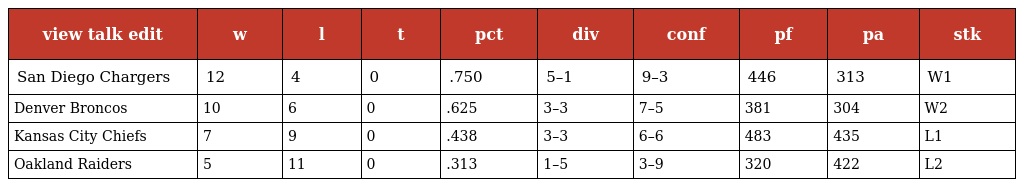
| view talk edit | w | l | t | pct | div | conf | pf | pa | stk |
 | --- | --- | --- | --- | --- | --- | --- | --- | --- | --- |
 | San Diego Chargers | 12 | 4 | 0 | .750 | 5–1 | 9–3 | 446 | 313 | W1 |
 | Denver Broncos | 10 | 6 | 0 | .625 | 3–3 | 7–5 | 381 | 304 | W2 |
 | Kansas City Chiefs | 7 | 9 | 0 | .438 | 3–3 | 6–6 | 483 | 435 | L1 |
 | Oakland Raiders | 5 | 11 | 0 | .313 | 1–5 | 3–9 | 320 | 422 | L2 |